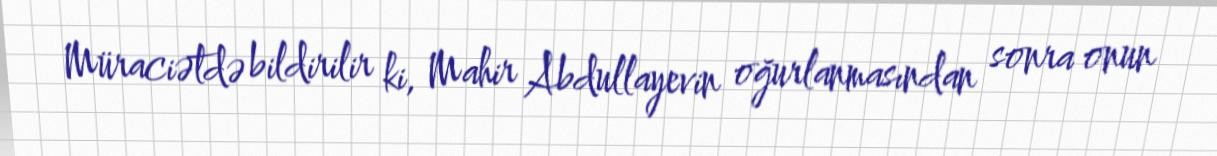
Müraciətdə bildirilir ki, Mahir Abdullayevin oğurlanmasından sonra onun